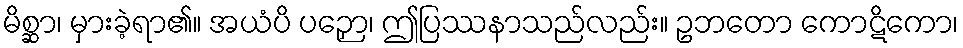
မိစ္ဆာ၊ မှားခဲ့ရာ၏။ အယံပိ ပဉှော၊ ဤပြဿနာသည်လည်း။ ဥဘတော ကောဋိကော၊